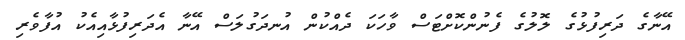
އޭނާގެ ދަރިފުޅުގެ ލޮލުގެ ފެނުންކޮށްޓަސް ވާހަކަ ދެއްކުން އުނދަގުލަސް އޭނާ އެދަރިފުޅާއިއެކު އުފާވެރި